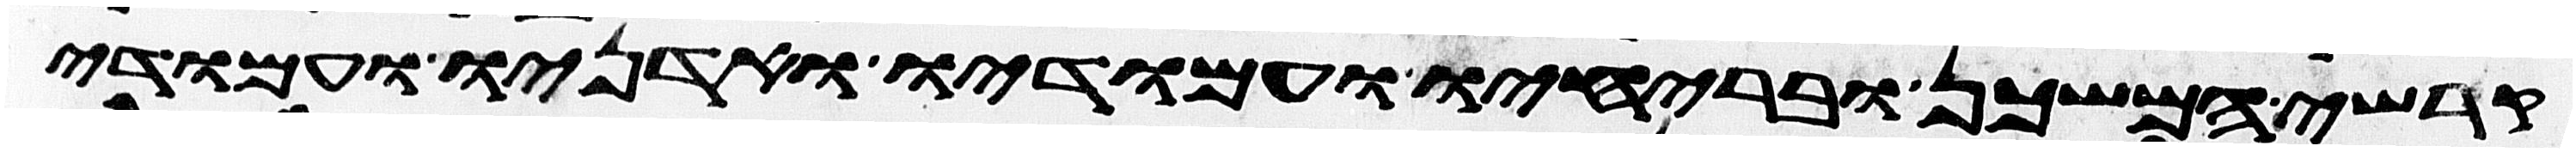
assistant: קרשי המשכן ובריחיו ועמודיו ואדניו ועמודי